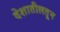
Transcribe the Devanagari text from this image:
देशातीलतून